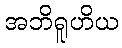
အဘိရူဟိယ